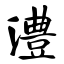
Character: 澧